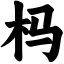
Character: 杩